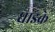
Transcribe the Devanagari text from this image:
धाइके